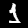
Digit: 1